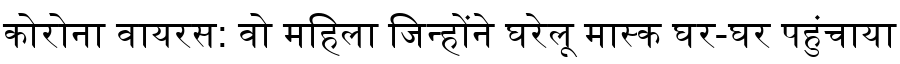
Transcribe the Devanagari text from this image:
कोरोना वायरस: वो महिला जिन्होंने घरेलू मास्क घर-घर पहुंचाया